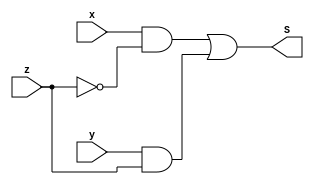
module mult(x,y,z,S);
input x,y,z;
output S;
wire c0,c1,c2;
not n1(c0,z);
and n2(c1,x,c0);
and n3(c2,y,z);
or  n4(S,c1,c2);

endmodule

module test1;
reg a,b,c;

mult m1(a,b,c,s);
initial begin
    $display("a b c s");
    $monitor("%b %b %b %b", a,b,c,s);
    a=0; b=0; c=0;
    #1 // delays with 1 time unit
    a=0; b=0; c=1;
    #1 // delays with 1 time unit
    a=0; b=1; c=0;
    #1 // delays with 1 time unit
    a=0; b=1; c=1;
    #1 // delays with 1 time unit
    a=1; b=0; c=0;
    #1 // delays with 1 time unit
    a=1; b=0; c=1;
    #1 // delays with 1 time unit
    a=1; b=1; c=0;
    #1 // delays with 1 time unit
    a=1; b=1; c=1;
end
endmodule